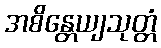
အစိန္တေယျသုတ္တံ